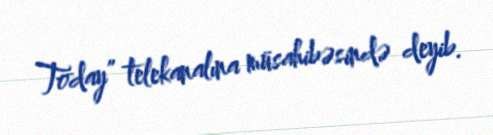
Today” telekanalına müsahibəsində deyib.